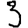
Digit: 3